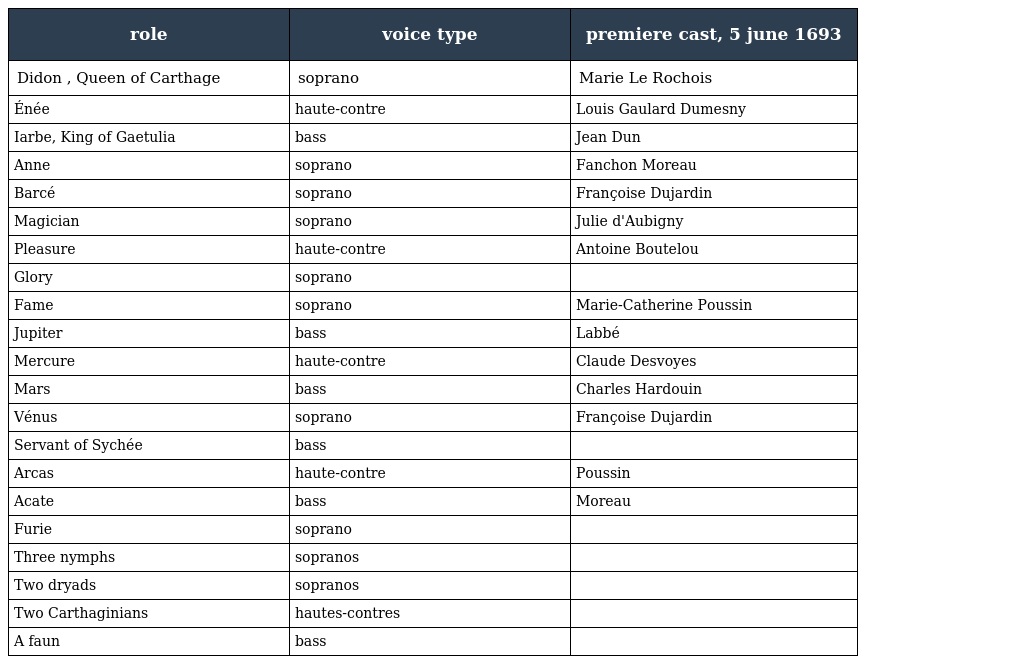
| role | voice type | premiere cast, 5 june 1693 |
 | --- | --- | --- |
 | Didon , Queen of Carthage | soprano | Marie Le Rochois |
 | Énée | haute-contre | Louis Gaulard Dumesny |
 | Iarbe, King of Gaetulia | bass | Jean Dun |
 | Anne | soprano | Fanchon Moreau |
 | Barcé | soprano | Françoise Dujardin |
 | Magician | soprano | Julie d'Aubigny |
 | Pleasure | haute-contre | Antoine Boutelou |
 | Glory | soprano |  |
 | Fame | soprano | Marie-Catherine Poussin |
 | Jupiter | bass | Labbé |
 | Mercure | haute-contre | Claude Desvoyes |
 | Mars | bass | Charles Hardouin |
 | Vénus | soprano | Françoise Dujardin |
 | Servant of Sychée | bass |  |
 | Arcas | haute-contre | Poussin |
 | Acate | bass | Moreau |
 | Furie | soprano |  |
 | Three nymphs | sopranos |  |
 | Two dryads | sopranos |  |
 | Two Carthaginians | hautes-contres |  |
 | A faun | bass |  |